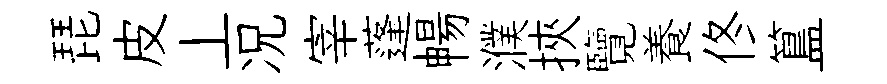
琵皮丄况宰蓬暢濮挾覽養佟簋